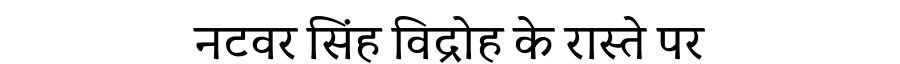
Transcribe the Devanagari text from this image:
नटवर सिंह विद्रोह के रास्ते पर